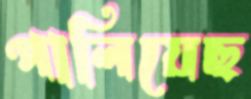
পালিয়েছ